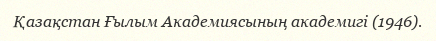
Қазақстан Ғылым Академиясының академигі (1946).